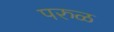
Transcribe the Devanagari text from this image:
परुळ